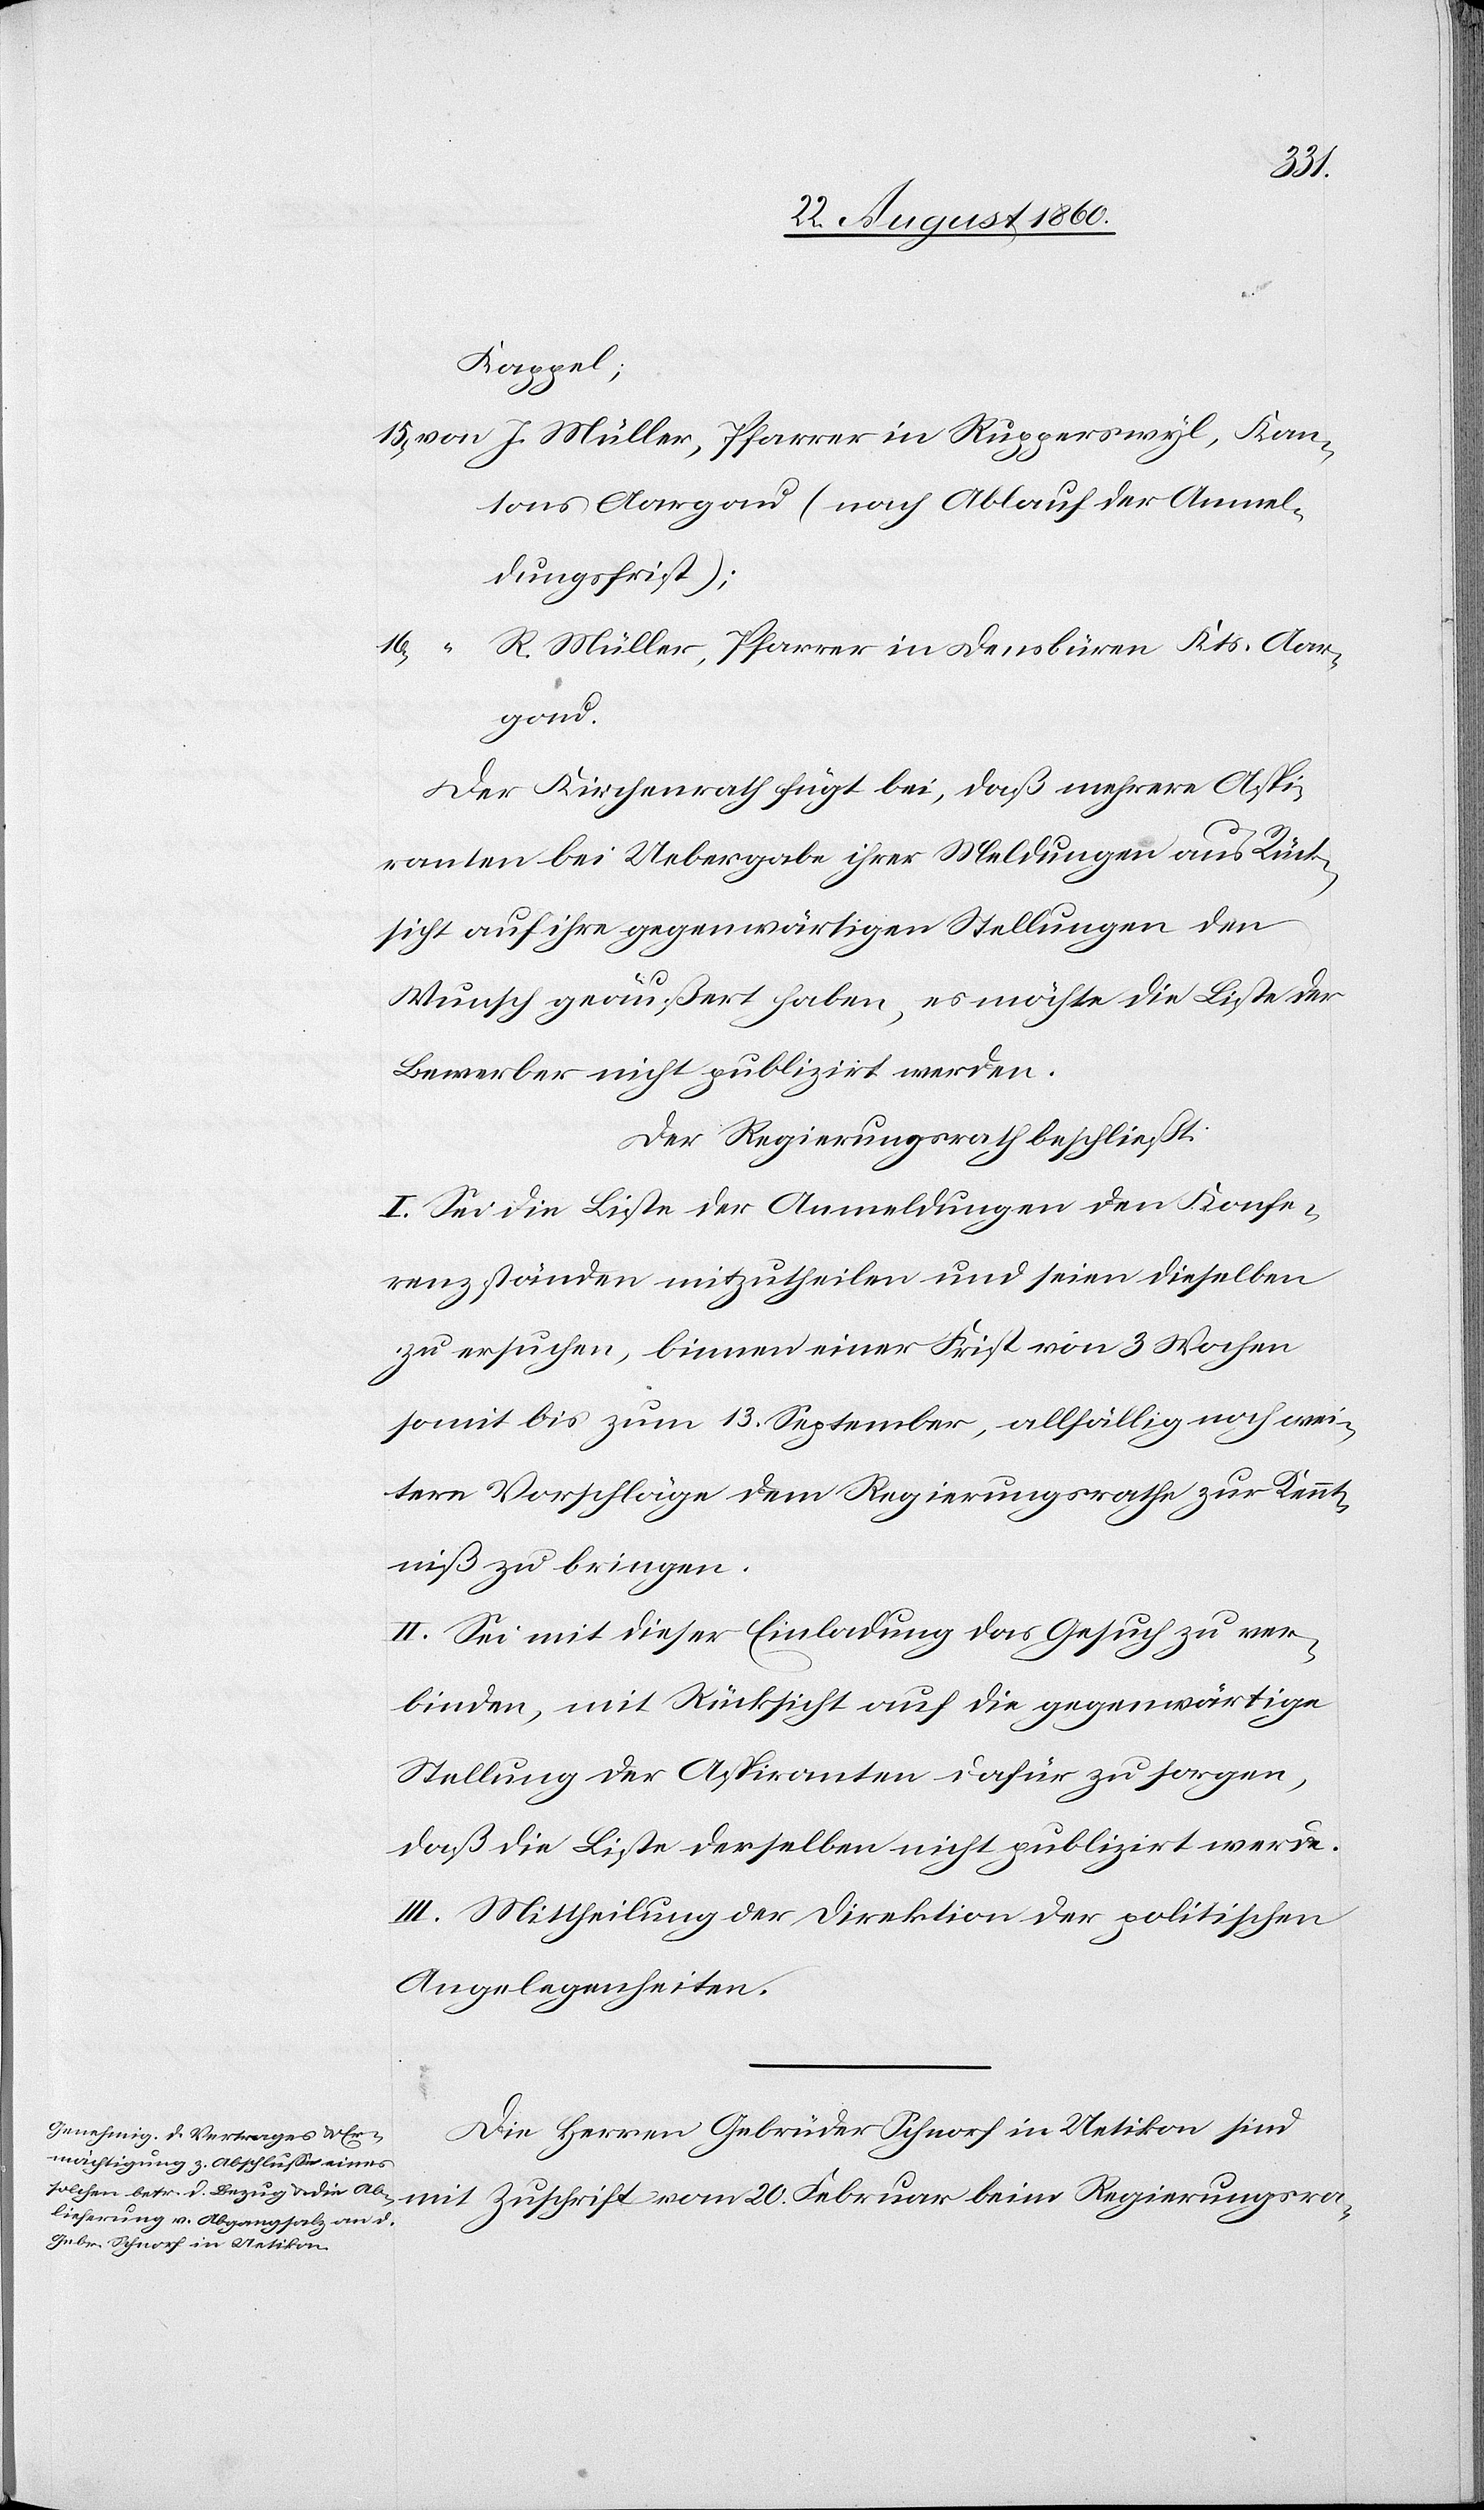
Kappel;
J. Müller, Pfarrer in Rupperswyl, Kan¬
tons Aargau (nach Ablauf der Anmel¬
dungsfrist)
R. Müller, Pfarrer in Densbüren, Kts. Aar¬
gau.
Der Kirchenrath fügt bei, dass mehrere Aspi¬
ranten bei Uebergabe ihrer Meldungen aus Rück¬
sicht auf ihre gegenwärtigen Stellungen den
Wunsch geäussert haben, es möchte die Liste der
Bewerber nicht publizirt werden.
Der Regierungsrath beschliesst:
I. Sei die Liste der Anmeldungen den Konfe¬
renzständen mitzutheilen und seien dieselben
zu ersuchen, binnen einer Frist von 3 Wochen,
somit bis zum 13t. September, allfällig noch wei¬
tere Vorschläge dem Regierungsrathe zur Kennt¬
niss zu bringen.
II. Sei mit dieser Einladung das Gesuch zu ver¬
binden, mit Rücksicht auf die gegenwärtige
Stellung der Aspiranten dafür zu sorgen,
dass die Liste derselben nicht publizirt werde.
III. Mittheilung der Direktion der politischen
Angelegenheiten.
Die Herren Gebrüder Schnorf in Uetikon sind
mit Zuschrift vom 20. Februar beim Regierungs-